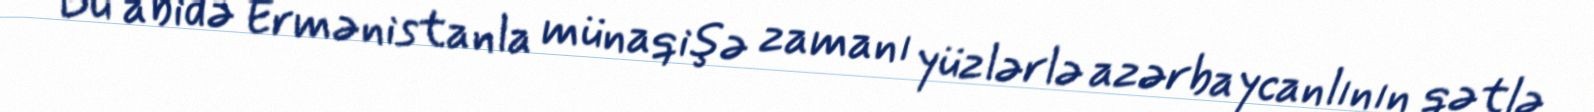
Bu abidə Ermənistanla münaqişə zamanı yüzlərlə azərbaycanlının qətlə